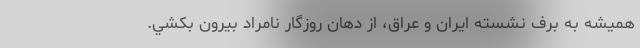
هميشه به برف نشسته ايران و عراق، از دهان روزگار نامراد بيرون بكشي.